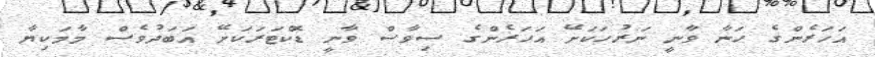
އަހަރެންގެ ހަނާ ވާނީ ނަރުހަކަށޭ އަހަރެންގެ ސިވާސް ވާނީ ޑޮކްޓަރަކަށޭ އަބަދުވެސް މާމަކިޔާ